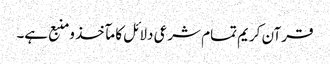
قرآن کریم تمام شرعی دلائل کا مآخذ ومنبع ہے۔